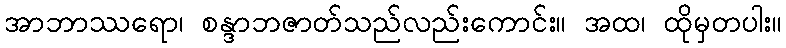
အာဘာဿရော၊ စန္ဒာဘဇာတ်သည်လည်းကောင်း။ အထ၊ ထိုမှတပါး။